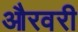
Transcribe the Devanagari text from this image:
औरवरी